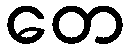
တေ